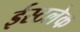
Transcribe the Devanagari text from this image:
ईस्टलेक